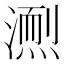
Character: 𪷌